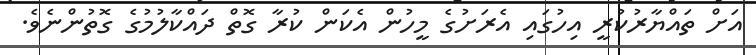
އަށް ތައްޔާރުކުރީ އިހުގައި އެރަށުގެ މީހުން އެކަން ކުރާ ގޮތް ދައްކާލުމުގެ ގޮތުންނެވެ.